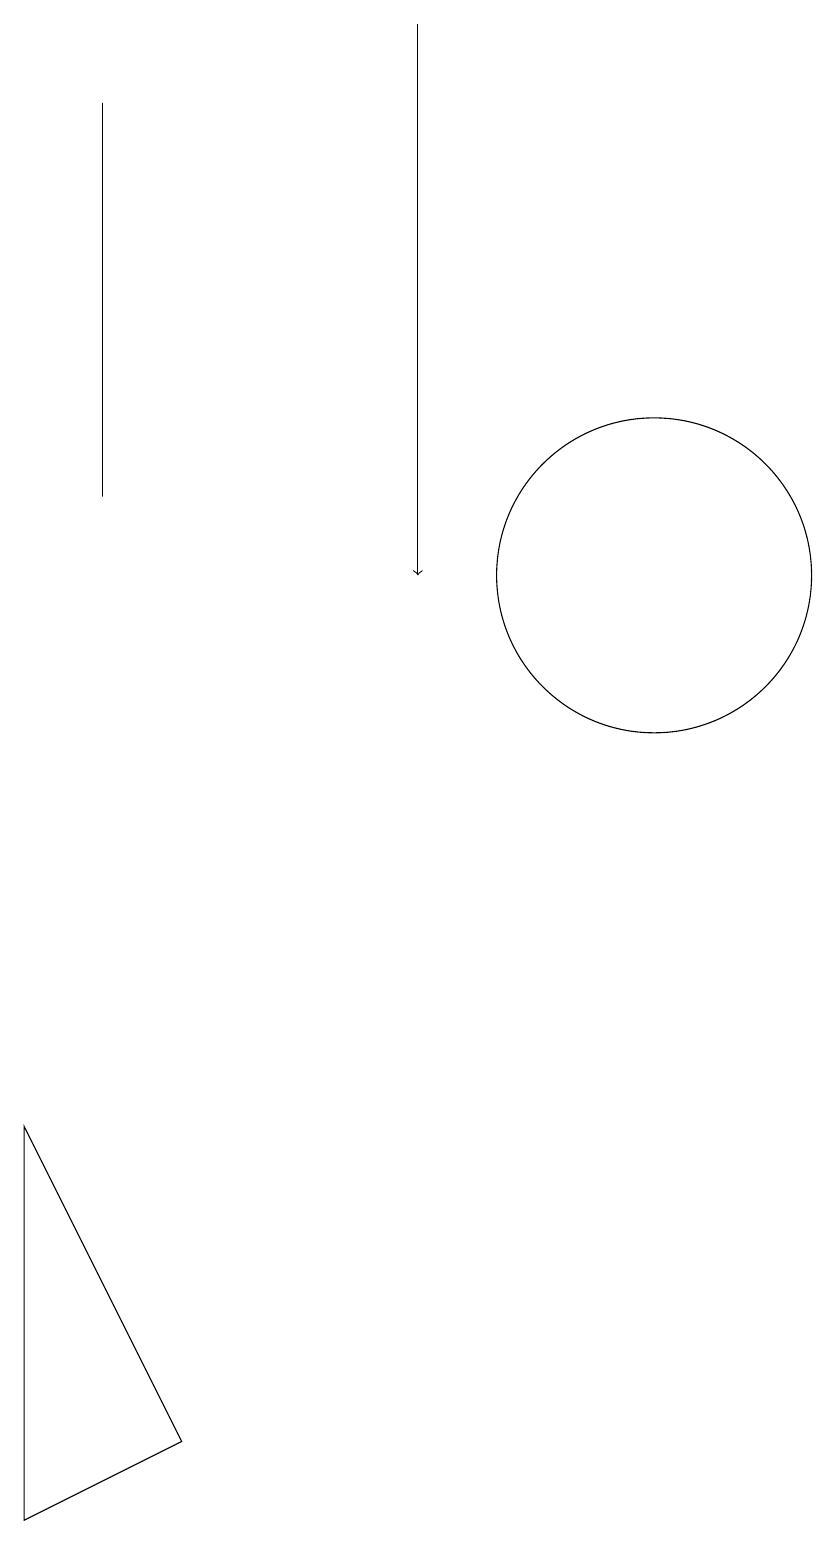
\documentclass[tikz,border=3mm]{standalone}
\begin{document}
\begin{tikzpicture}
\draw[->] (7,19) -- (7,12);
\draw (10,12) circle (2);
\draw (2,5) -- (2,0) -- (4,1) -- cycle;
\draw (3,18) rectangle (3,13);
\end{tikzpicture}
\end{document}